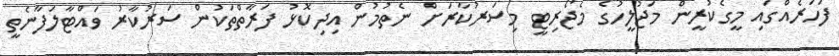
ފަހަރެއްގައި މީގެކުރީން މަޖުލީހުގެ މެޖޯރިޓީ މިސަރުކާރަށް ނެތުމުން އިދިކޮޅު ފަރާތްތަކުން ސަރުކާރު ވައްޓާލަފާނެތީ